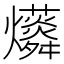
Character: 𱬭